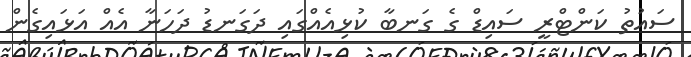
ސައުތު ކަންޓްރީ ސައިޑް ގެ ގަނބާ ކުޅިއެއްގައި ދަގަނޑު ދަހަނާ އެއް އަޅައިގެން